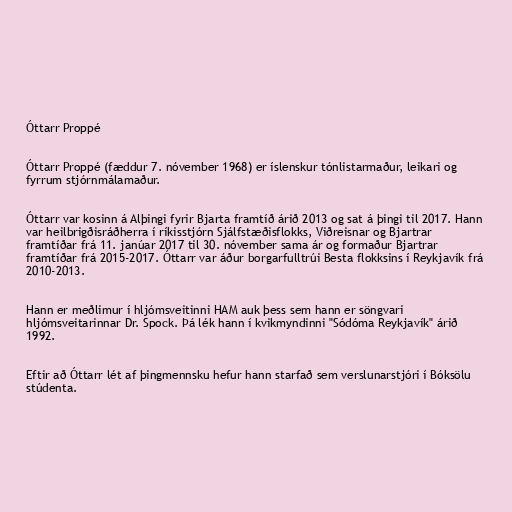
Óttarr Proppé

Óttarr Proppé (fæddur 7. nóvember 1968) er íslenskur tónlistarmaður, leikari og
fyrrum stjórnmálamaður.

Óttarr var kosinn á Alþingi fyrir Bjarta framtíð árið 2013 og sat á þingi til 2017. Hann
var heilbrigðisráðherra í ríkisstjórn Sjálfstæðisflokks, Viðreisnar og Bjartrar
framtíðar frá 11. janúar 2017 til 30. nóvember sama ár og formaður Bjartrar
framtíðar frá 2015-2017. Óttarr var áður borgarfulltrúi Besta flokksins í Reykjavík frá
2010-2013.

Hann er meðlimur í hljómsveitinni HAM auk þess sem hann er söngvari
hljómsveitarinnar Dr. Spock. Þá lék hann í kvikmyndinni "Sódóma Reykjavík" árið
1992.

Eftir að Óttarr lét af þingmennsku hefur hann starfað sem verslunarstjóri í Bóksölu
stúdenta.